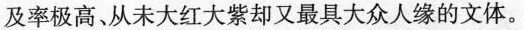
及率极高、从未大红大紫却又最具大众人缘的文体。